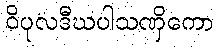
ဝိပုလဒီဃပါသဏှိကော